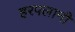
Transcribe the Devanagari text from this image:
हरपलानी